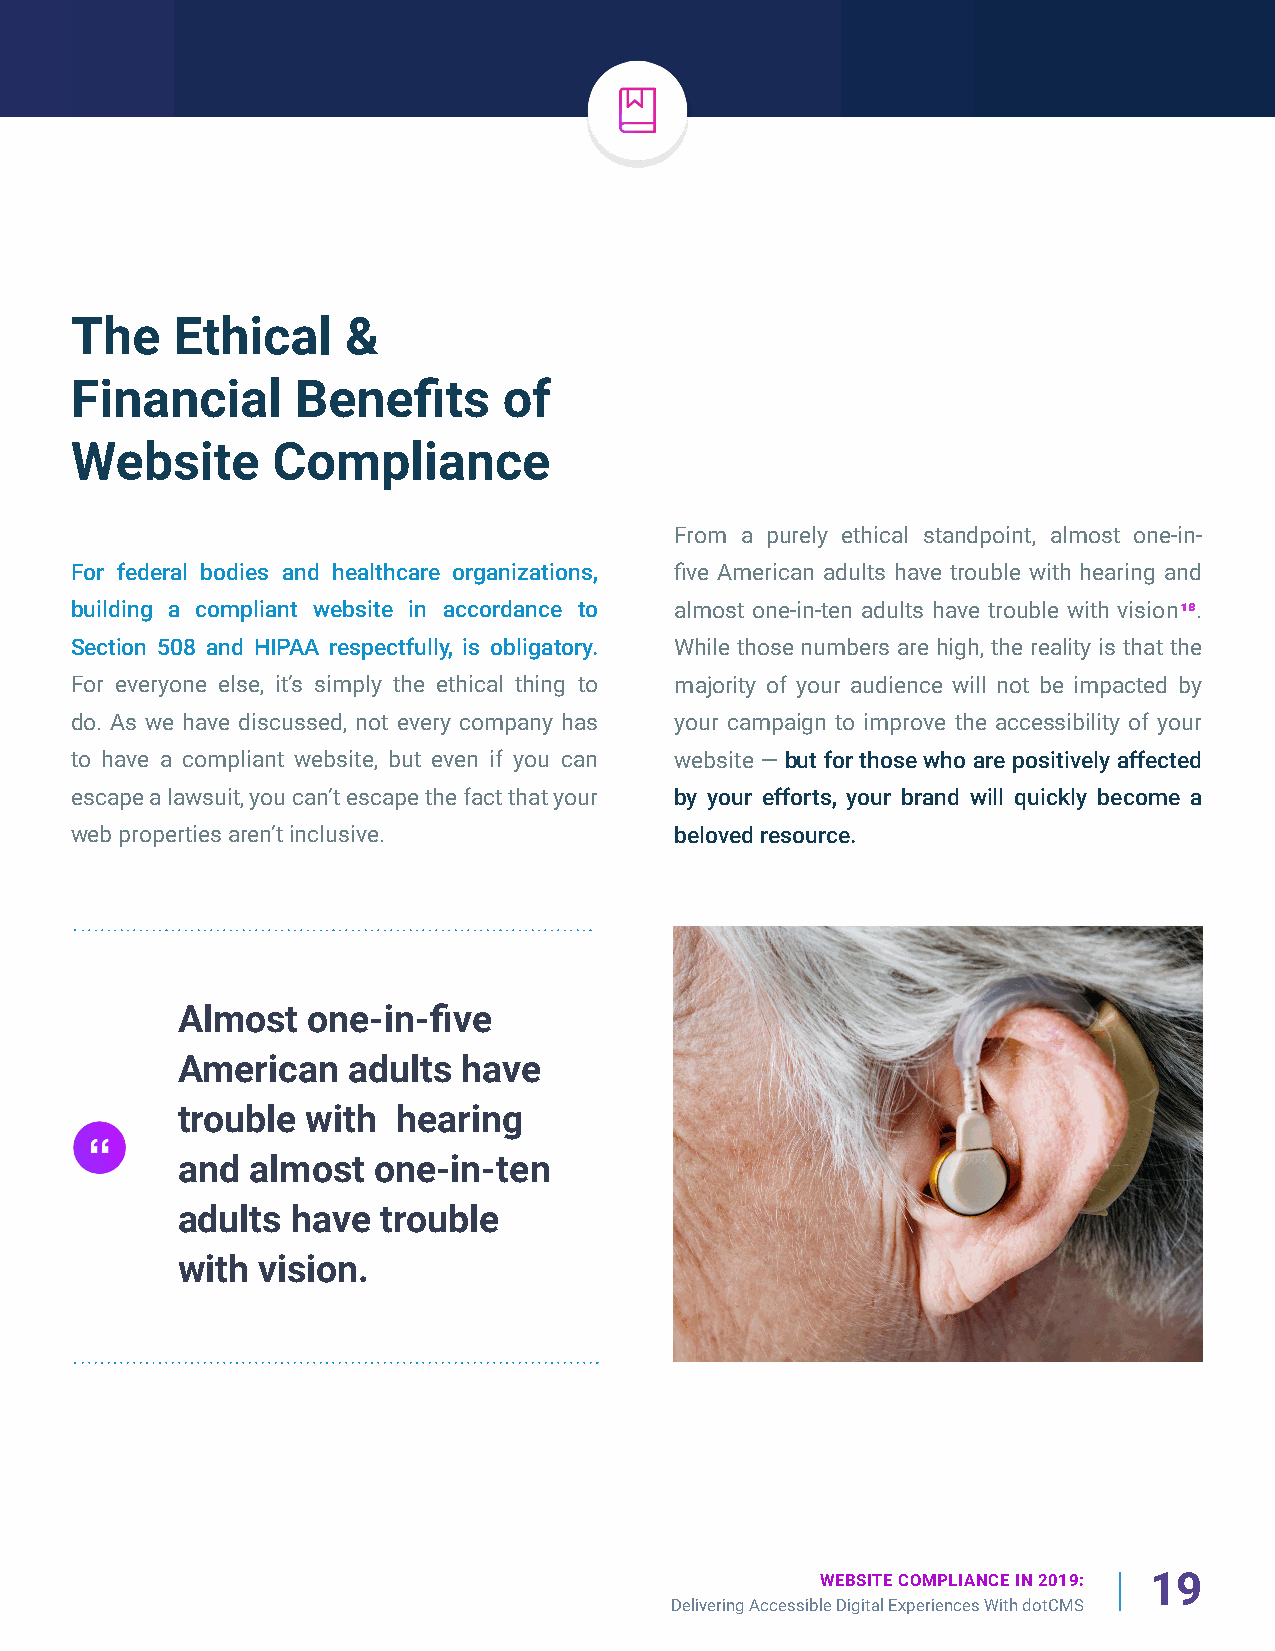
The   Ethical     &
 Financial      Benefits     of
 Website      Compliance
 From a purely ethical standpoint, almost one-in-
 For federal bodies and healthcare organizations, five American adults have trouble with hearing and
 building a compliant website in accordance to almost one-in-ten adults have trouble with vision18.
 Section 508 and HIPAA respectfully, is obligatory. While those numbers are high, the reality is that the
 For everyone else, it’s simply the ethical thing to majority of your audience will not be impacted by
 do. As we have discussed, not every company has your campaign to improve the accessibility of your
 to have a compliant website, but even if you can website — but for those who are positively affected
 escape a lawsuit, you can’t escape the fact that your by your efforts, your brand will quickly become a
 web properties aren’t inclusive.        beloved resource.
 Almost  one-in-five
 American   adults  have
 trouble with  hearing
 and almost   one-in-ten
 adults have  trouble
 with vision.
 WEBSITE COMPLIANCE IN 2019: 19
 Delivering Accessible Digital Experiences With dotCMS